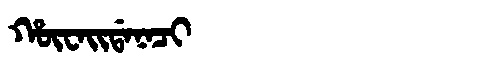
Manchu: ᡥᡡᠸᠠᡳᡩᠠᠨᠠᠴᡳ
Romanization: HŪWAIDANACI